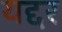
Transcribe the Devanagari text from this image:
यद्दर